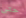
حتى